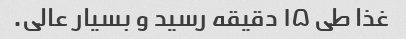
غذا طی ۱۵ دقیقه رسید و بسیار عالی.